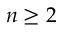
n \geq 2